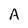
Character: A